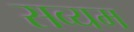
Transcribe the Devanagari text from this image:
सव्यम